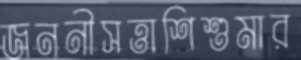
জননীসত্তাশিশুমার